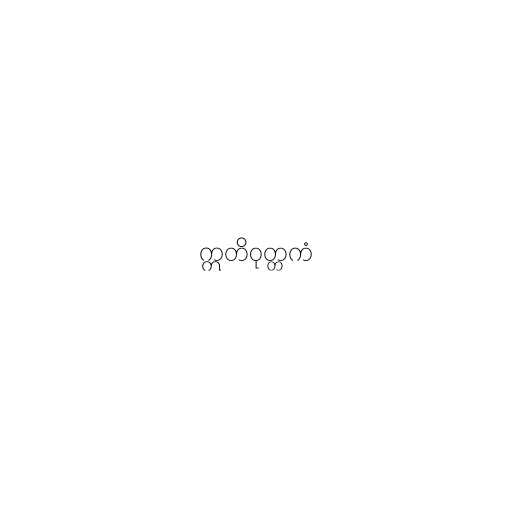
ဣတိဝုတ္တကံ